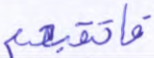
فارتقبهم